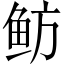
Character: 鲂